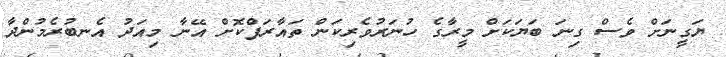
ޔަގީނަށް ވެސް ގިނަ ބަޔަކަށް މީރާގެ ހުނަރުވެރިކަން ތައާރަފްކޮށް އޭނާ މިއަދު އެނބުރެމުންދާ